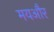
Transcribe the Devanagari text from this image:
मयऔर